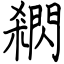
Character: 閷